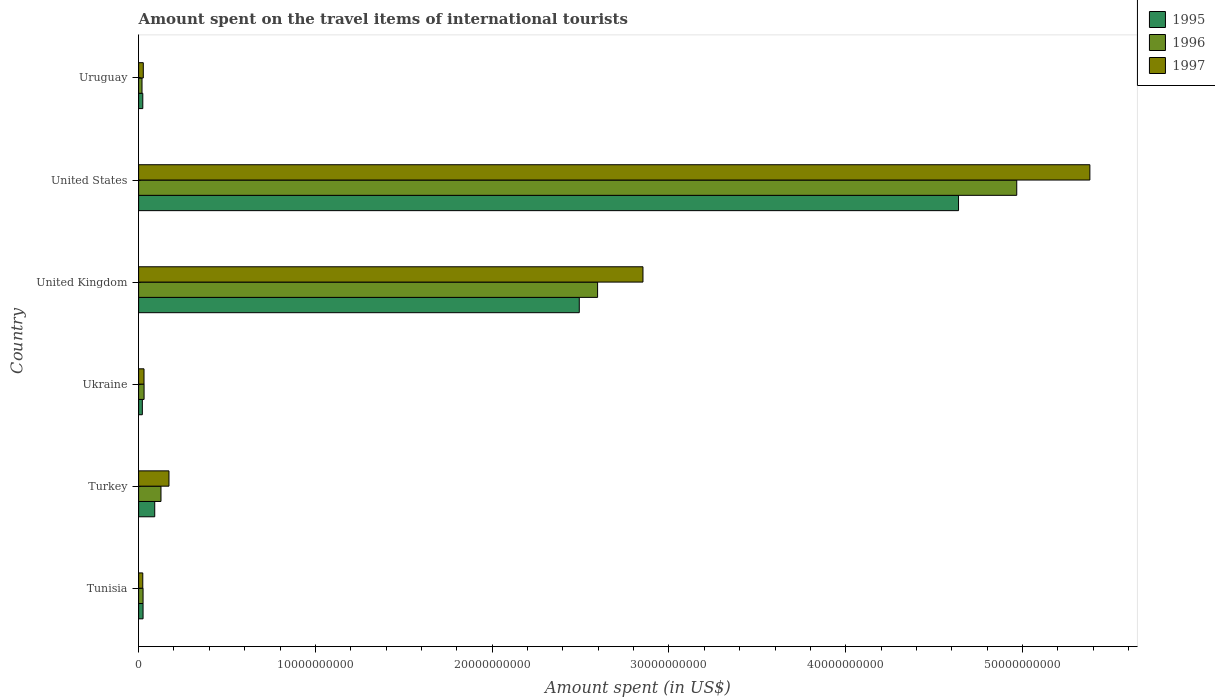
| Country | 1995 | 1996 | 1997 |
 | --- | --- | --- | --- |
 | Tunisia | 2.51e+08 | 2.51e+08 | 2.35e+08 |
 | Turkey | 9.11e+08 | 1.26e+09 | 1.72e+09 |
 | Ukraine | 2.1e+08 | 3.08e+08 | 3.05e+08 |
 | United Kingdom | 2.49e+10 | 2.6e+10 | 2.85e+10 |
 | United States | 4.64e+10 | 4.97e+10 | 5.38e+10 |
 | Uruguay | 2.36e+08 | 1.92e+08 | 2.64e+08 |